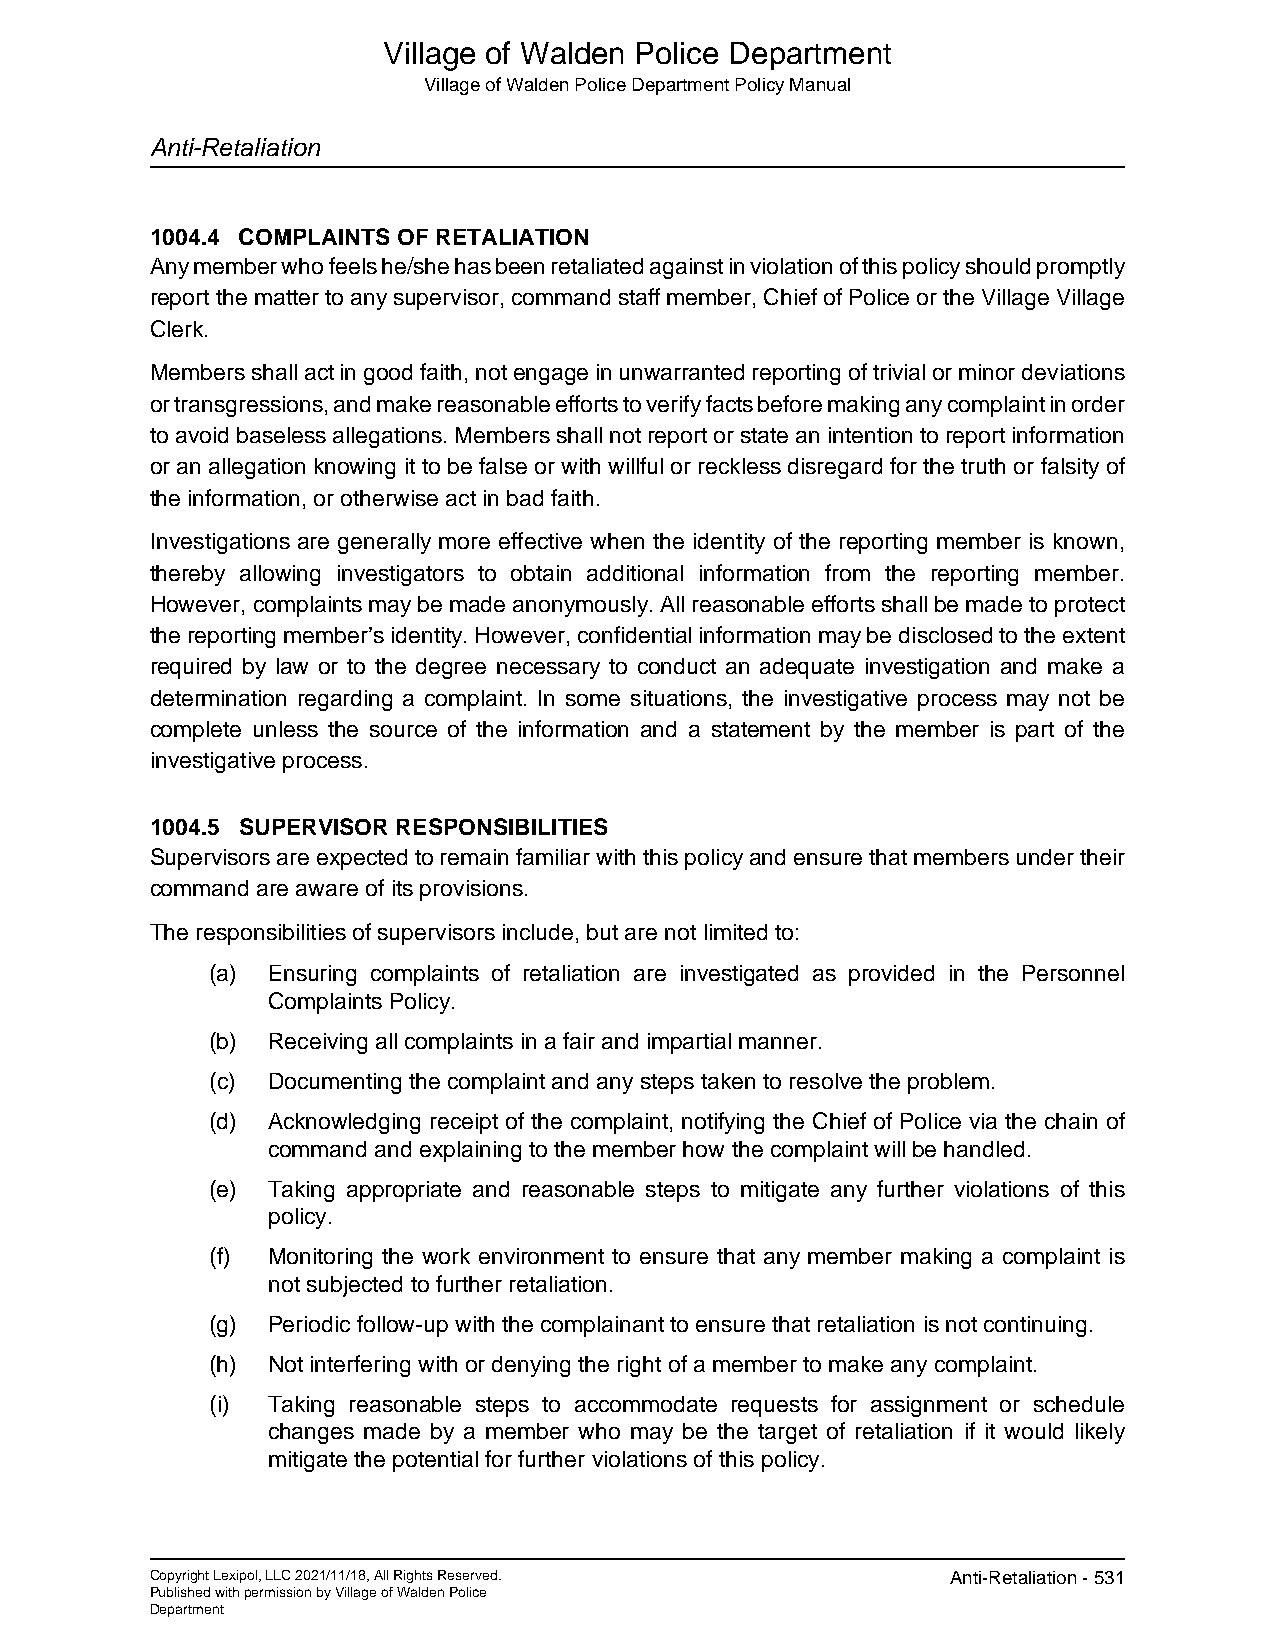
Village of Walden Police Department
 Village of Walden Police Department Policy Manual
 Anti-Retaliation
 1004.4 COMPLAINTS OF RETALIATION
 Any member who feels he/she has been retaliated against in violation of this policy should promptly
 report the matter to any supervisor, command staff member, Chief of Police or the Village Village
 Clerk.
 Members shall act in good faith, not engage in unwarranted reporting of trivial or minor deviations
 or transgressions, and make reasonable efforts to verify facts before making any complaint in order
 to avoid baseless allegations. Members shall not report or state an intention to report information
 or an allegation knowing it to be false or with willful or reckless disregard for the truth or falsity of
 the information, or otherwise act in bad faith.
 Investigations are generally more effective when the identity of the reporting member is known,
 thereby allowing investigators to obtain additional information from the reporting member.
 However, complaints may be made anonymously. All reasonable efforts shall be made to protect
 the reporting member’s identity. However, confidential information may be disclosed to the extent
 required by law or to the degree necessary to conduct an adequate investigation and make a
 determination regarding a complaint. In some situations, the investigative process may not be
 complete unless the source of the information and a statement by the member is part of the
 investigative process.
 1004.5 SUPERVISOR RESPONSIBILITIES
 Supervisors are expected to remain familiar with this policy and ensure that members under their
 command are aware of its provisions.
 The responsibilities of supervisors include, but are not limited to:
 (a) Ensuring complaints of retaliation are investigated as provided in the Personnel
 Complaints Policy.
 (b) Receiving all complaints in a fair and impartial manner.
 (c) Documenting the complaint and any steps taken to resolve the problem.
 (d) Acknowledging receipt of the complaint, notifying the Chief of Police via the chain of
 command and explaining to the member how the complaint will be handled.
 (e) Taking appropriate and reasonable steps to mitigate any further violations of this
 policy.
 (f) Monitoring the work environment to ensure that any member making a complaint is
 not subjected to further retaliation.
 (g) Periodic follow-up with the complainant to ensure that retaliation is not continuing.
 (h) Not interfering with or denying the right of a member to make any complaint.
 (i) Taking reasonable steps to accommodate requests for assignment or schedule
 changes made by a member who may be the target of retaliation if it would likely
 mitigate the potential for further violations of this policy.
 Copyright Lexipol, LLC 2021/11/18, All Rights Reserved. Anti-Retaliation - 531
 Published with permission by Village of Walden Police
 Department